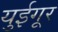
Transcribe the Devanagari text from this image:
युईगूर